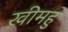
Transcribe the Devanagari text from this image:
ख़ीमहु